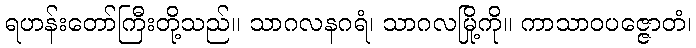
ရဟန်းတော်ကြီးတို့သည်။ သာဂလနဂရံ၊ သာဂလမြို့ကို။ ကာသာဝပဇ္ဇောတံ၊